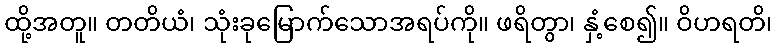
ထို့အတူ။ တတိယံ၊ သုံးခုမြောက်သောအရပ်ကို။ ဖရိတွာ၊ နှံ့စေ၍။ ဝိဟရတိ၊